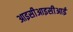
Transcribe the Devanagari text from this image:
आइसीआइसीआई